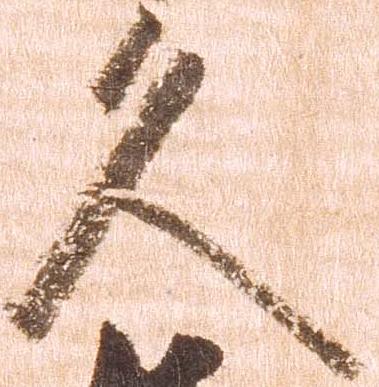
久